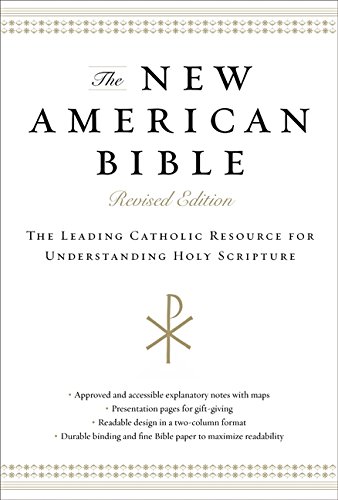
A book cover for New American Bible: Revised Edition; Harper Bibles; Christian Books & Bibles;